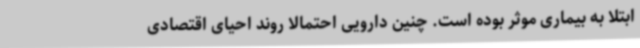
ابتلا به بیماری موثر بوده است. چنین دارویی احتمالا روند احیای اقتصادی